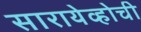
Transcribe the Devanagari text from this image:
सारायेव्होची